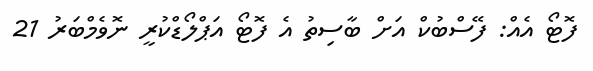
ފޮޓޯ އެއް: ފޭސްބުކް އަށް ބާސިތު އެ ފޮޓޯ އަޕްލޯޑްކުރީ ނޮވެމްބަރު 21